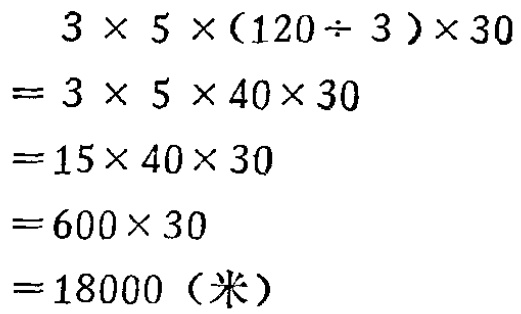
\[
\begin{align*}
&3\times5\times(120\div3)\times30\\
=&3\times5\times40\times30\\
=&15\times40\times30\\
=&600\times30\\
=&18000（米）
\end{align*}
\]